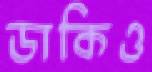
ডাকিও